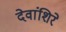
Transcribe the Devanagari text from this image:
देवांशिरे